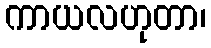
ကာယလဟုတာ၊